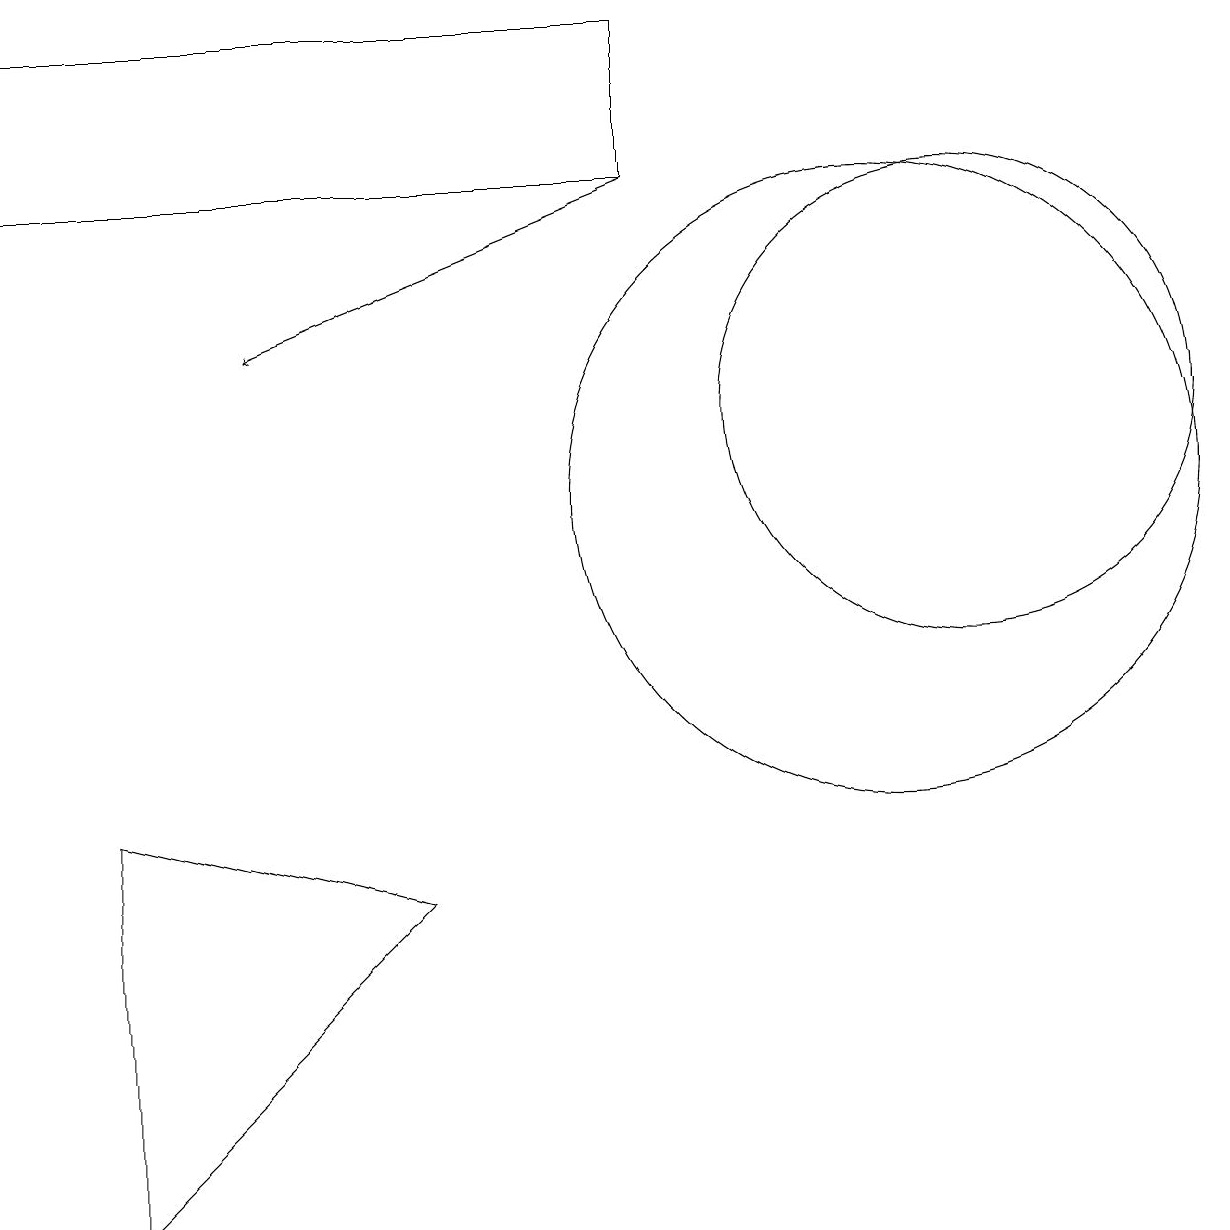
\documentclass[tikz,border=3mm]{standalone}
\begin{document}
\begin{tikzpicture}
\draw (5,5) -- (1,6) -- (1,1) -- cycle;
\draw (12,11) circle (3);
\draw (8,14) rectangle (0,16);
\draw (11,10) circle (4);
\draw[->] (8,14) -- (3,12);
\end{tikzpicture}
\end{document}